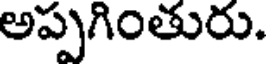
అప్పగింతురు.